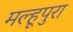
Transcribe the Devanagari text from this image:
मल्हूपुरा